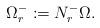
LaTeX: \begin{align*} \Omega_r^- := N_r^-\Omega. \end{align*}